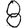
Digit: 8